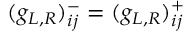
( g _ { L , R } ) _ { i j } ^ { - } = ( g _ { L , R } ) _ { i j } ^ { + }